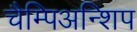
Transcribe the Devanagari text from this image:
चैम्पिअन्शिप